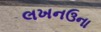
લખનઉના